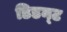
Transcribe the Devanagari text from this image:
डिडन्‍ट